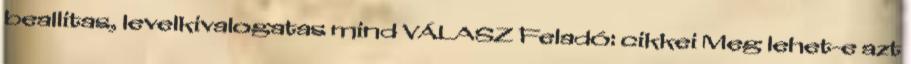
beallitas, levelkivalogatas mind VÁLASZ Feladó: cikkei Meg lehet-e azt